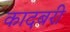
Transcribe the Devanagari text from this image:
कादबरी